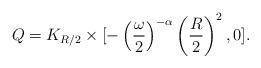
LaTeX: \begin{align*}Q = K_{R/2} \times [-\left( \frac{\omega}{2}\right)^{-\alpha}\left(\frac{R}{2}\right)^2, 0].\end{align*}